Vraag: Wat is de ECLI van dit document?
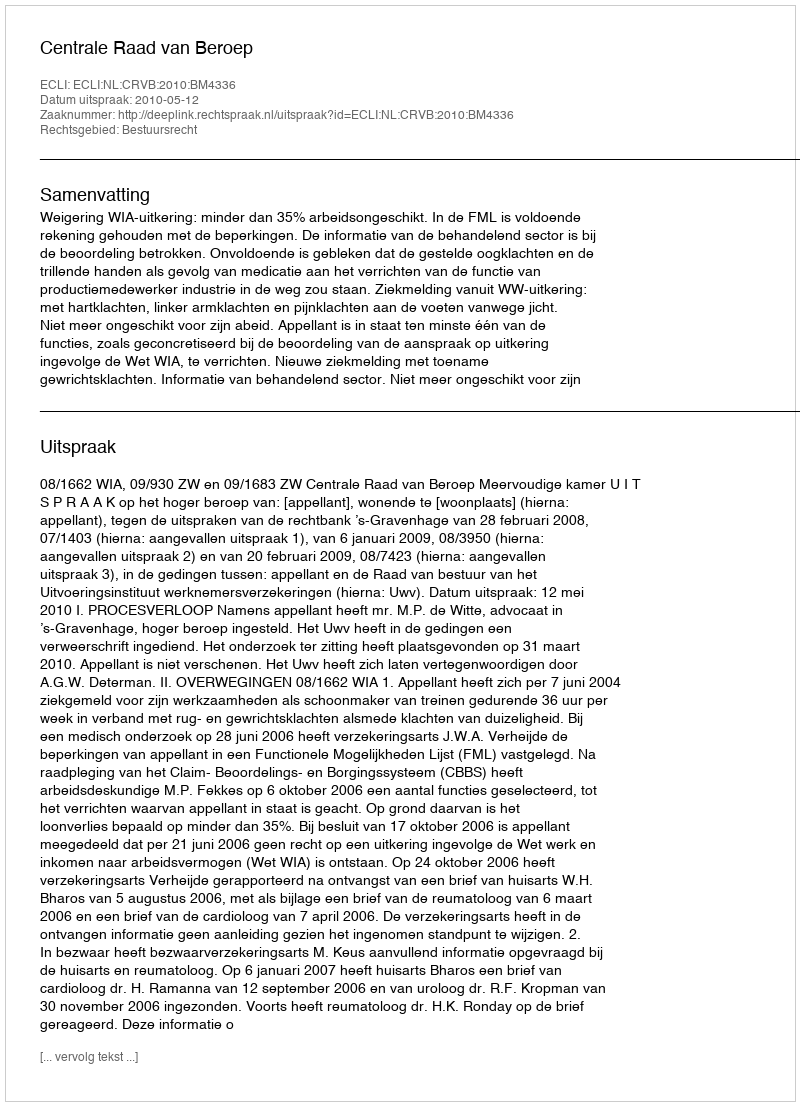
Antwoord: ECLI:NL:CRVB:2010:BM4336